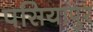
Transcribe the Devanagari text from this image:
पसियापुर